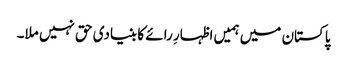
پاکستان میں ہمیں اظہارِ رائے کا بنیادی حق نہیں ملا۔